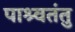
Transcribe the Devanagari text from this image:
पाश्र्वतंतु